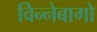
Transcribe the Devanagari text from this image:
विन्नेबागो